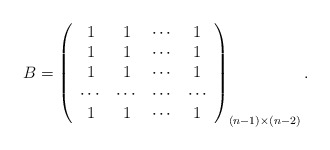
\begin{align*}B = \left(\begin{array}{cccc} 1 & 1 & \cdots & 1 \\ 1 & 1 & \cdots & 1 \\ 1 & 1 & \cdots & 1 \\ \cdots & \cdots & \cdots & \cdots \\ 1 & 1 & \cdots & 1 \\\end{array}\right)_{(n-1)\times(n-2)}.\end{align*}